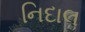
નિદાલ